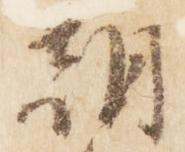
朝